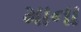
માના